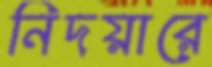
নিদয়ারে